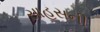
સાહસની